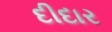
દીદાર